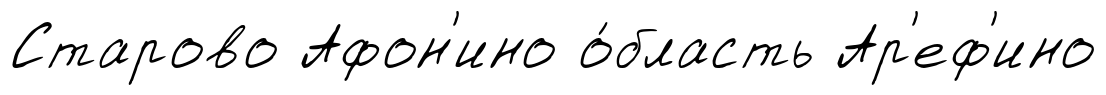
Старово Афон'ино о́бласть Ар'еф'ино